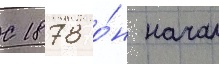
С 1878 о́н начал